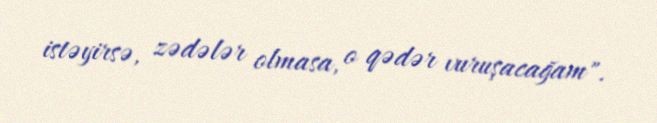
istəyirsə, zədələr olmasa, o qədər vuruşacağam".